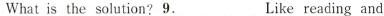
What is the solution?9.___Like reading and